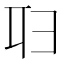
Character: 𠨔